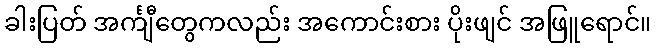
ခါးပြတ် အင်္ကျီတွေကလည်း အကောင်းစား ပိုးဖျင် အဖြူရောင်။